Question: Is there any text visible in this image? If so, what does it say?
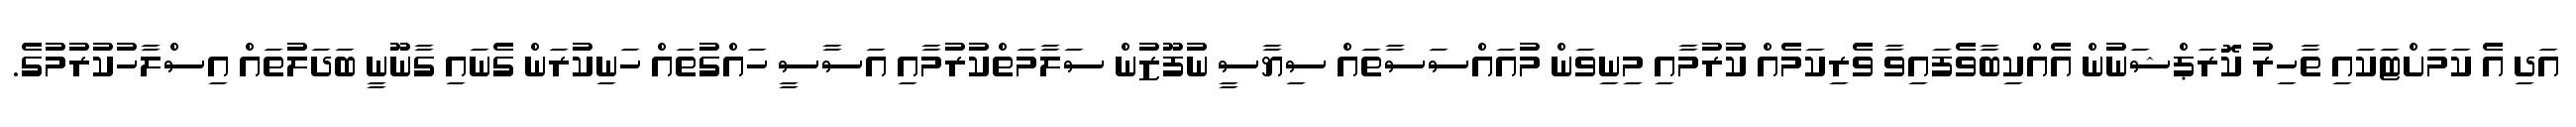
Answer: އަދި އެ ކަމަށްޓަކައި ތާހިރު ކޮރަޕްޝަނުން އެއްކިބާވެފައިވާ ވެރިކަމެއް ކުރުމާއި މިނިވަން މުއައްސަސާތައް ސިޔާސީ ނުފޫޒުން ސަލާމަތްކުރުމާއި އަސާސީ ހައްގުތައް ހަނިކުރަން ގެނައި ގާނޫނީ ބަދަލުތައް އިސްލާހުކުރުމުގެ.